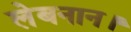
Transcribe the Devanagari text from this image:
लेबनान।